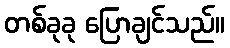
တစ်ခုခု ပြောချင်သည်။